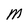
Character: M